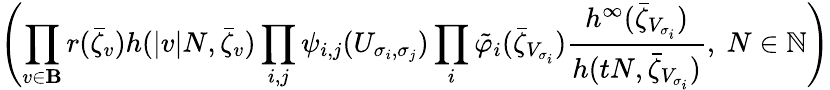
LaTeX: \left(\prod_{v\in\cal\mathbf{B}}r(\bar{{\zeta}}_{v}){h(|v|N,\bar{{\zeta}}_{v})}\prod_{i,j}\psi_{i,j}(U_{\sigma_{i},\sigma_{j}})\prod_{i}\tilde{{\varphi}}_{i}(\bar{{\zeta}}_{V_{\sigma_{i}}}){\frac{{h^{\infty}(\bar{{\zeta}}_{V_{\sigma_{i}}})}}{{h(tN,\bar{{\zeta}}_{V_{\sigma_{i}}})}}},\ N\in\mathbb{{N}}\right)